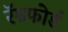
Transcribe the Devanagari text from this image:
रॅडफोर्ड